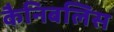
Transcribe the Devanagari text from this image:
कैनिबलिस